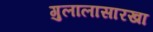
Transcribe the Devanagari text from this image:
गुलालासारखा